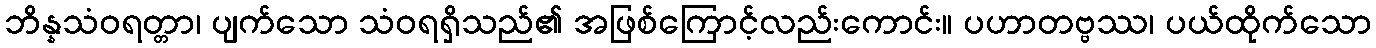
ဘိန္နသံဝရတ္တာ၊ ပျက်သော သံဝရရှိသည်၏ အဖြစ်ကြောင့်လည်းကောင်း။ ပဟာတဗ္ဗဿ၊ ပယ်ထိုက်သော